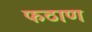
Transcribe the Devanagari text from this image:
फठाण